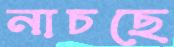
নাচছে